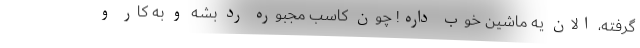
گرفته، الان یه ماشین خوب داره! چون کاسب مجبوره رد بشه و به کار و